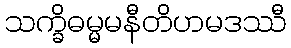
သက္ခိဓမ္မမနီတိဟမဒဿီ